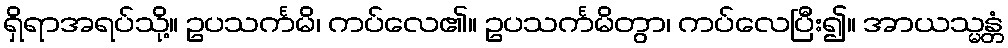
ရှိရာအရပ်သို့။ ဥပသင်္ကမိ၊ ကပ်လေ၏။ ဥပသင်္ကမိတွာ၊ ကပ်လေပြီး၍။ အာယသ္မန္တံ